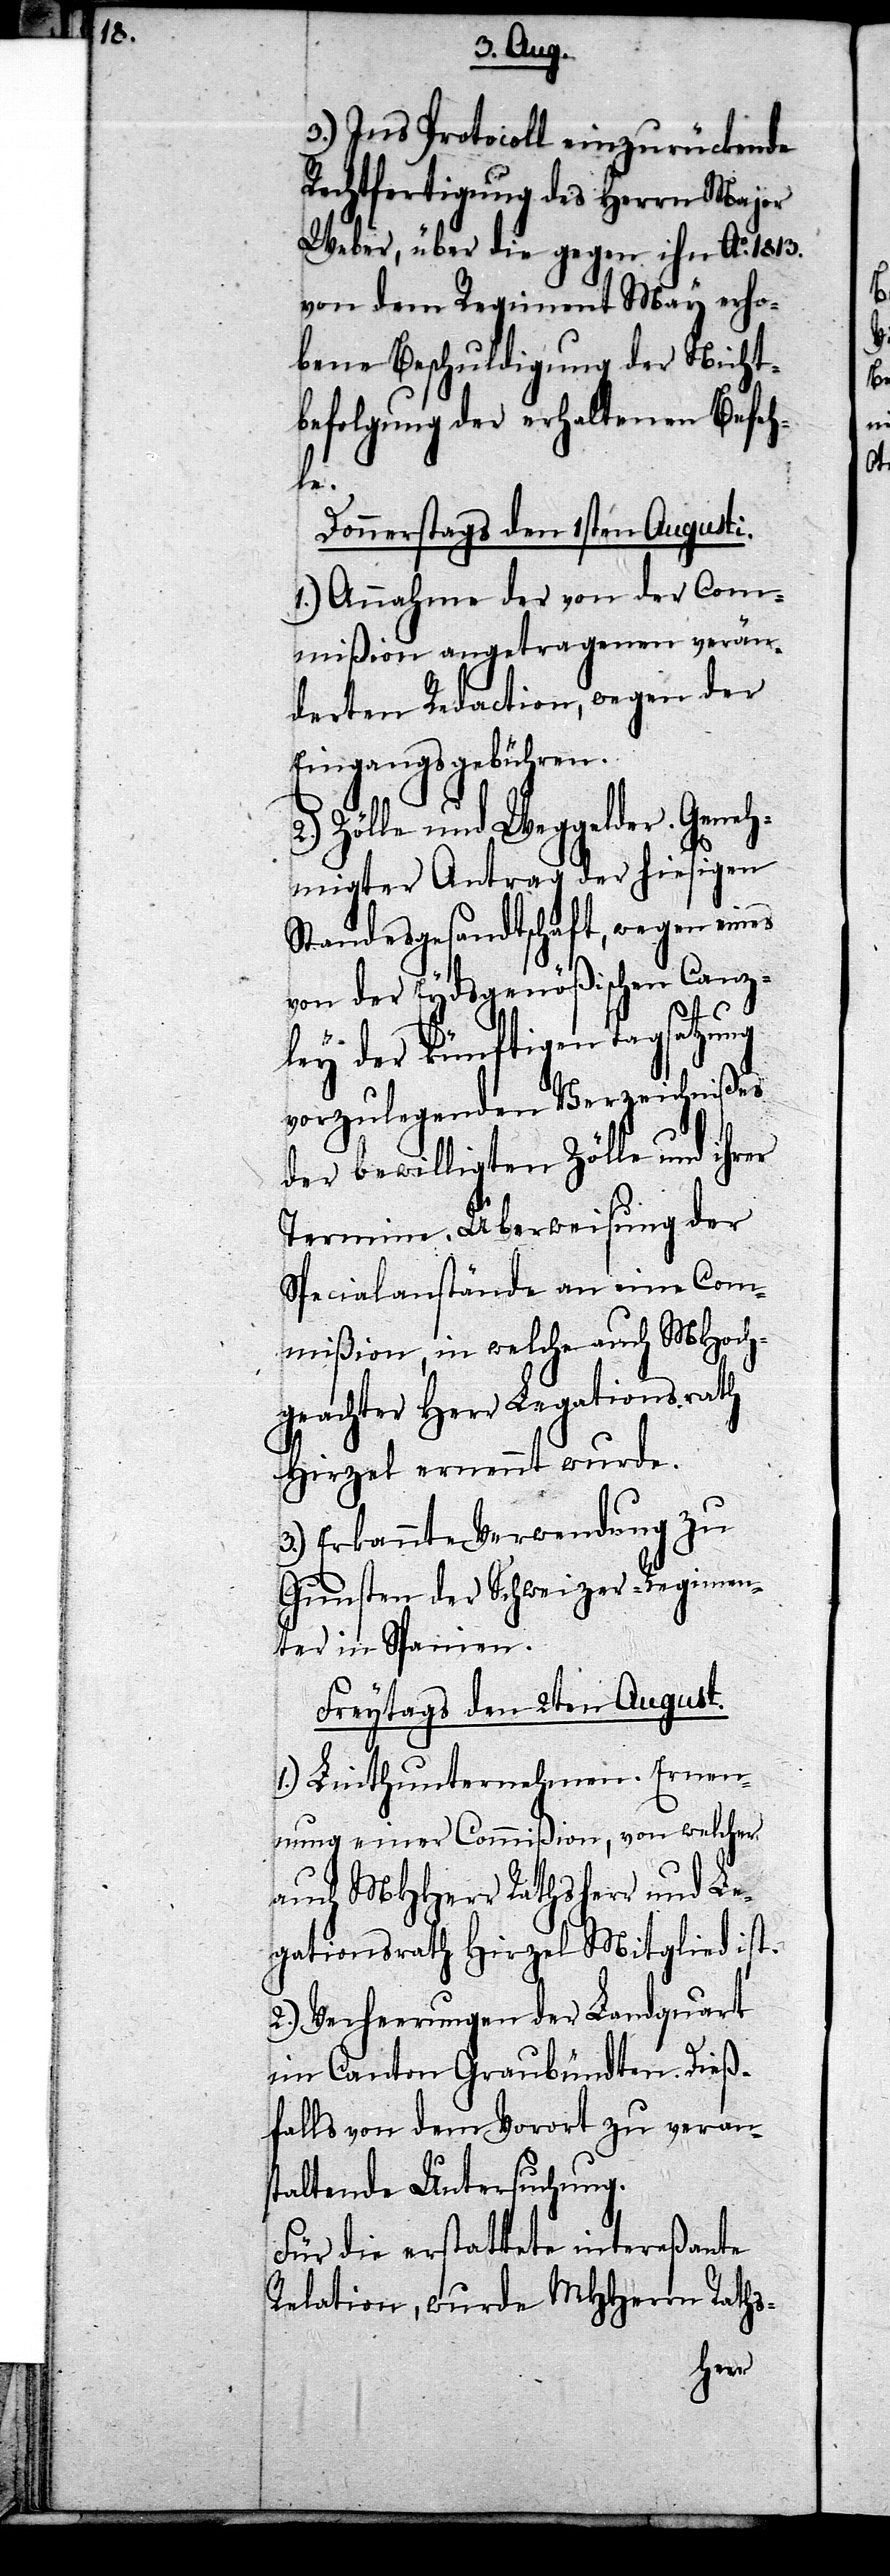
3.) Ins Protocoll einzurückende
Rechtfertigung des Herrn Major
Weber, über die gegen ihn Ao. 1813.
von dem Regiment May erho¬
bene Beschuldigung der Nicht¬
befolgung der erhaltenen Befeh¬
le.
Donnerstags den 1sten Augusti.
1.) Annahme der von der Com¬
mißion angetragenen verän¬
derten Redaction, wegen der
Eingangsgebühren.
Zölle und Weggelder. Geneh¬
migter Antrag der hiesigen
Standesgesandtschaft, wegen eines
von der Eydsgenößischen Canz¬
ley der künftigen Tagsatzung
vorzulegenden Verzeichnißes
der bewilligten Zölle und ihrer
Termine. Überweisung der
Specialanstände an eine Com¬
mißion, in welche auch MHoch¬
geachter Herr Legationsrath
Hirzel ernennt wurde.
3.) Erkannte Verwendung zu
Gunsten der Schweizer-Regimen¬
ter in Spanien.
Freytags den 2ten August.
1.) Linthunternehmen. Ernen¬
nung einer Commißion, von welcher
auch MHHerr Rathsherr und Le¬
gationsrath Hirzel Mitglied ist.
2.) Verheerungen der Landquart
im Canton Graubündten. Dieß¬
falls von dem Vorort zu veran¬
staltende Untersuchung.
Für die erstattete intereßante
Relation, wurde MHHerrn Raths-